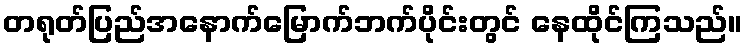
တရုတ်ပြည်အနောက်မြောက်ဘက်ပိုင်းတွင် နေထိုင်ကြသည်။